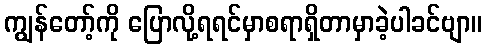
ကျွန်တော့်ကို ပြောလို့ရရင်မှာစရာရှိတာမှာခဲ့ပါခင်ဗျာ။